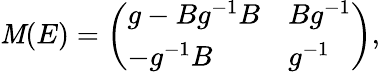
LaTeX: \mathit{M}(E)=\left(\begin{array}{ll}{{g-Bg^{-1}B}}&{{Bg^{-1}}}\\ {{-g^{-1}B}}&{{g^{-1}}}\end{array}\right),